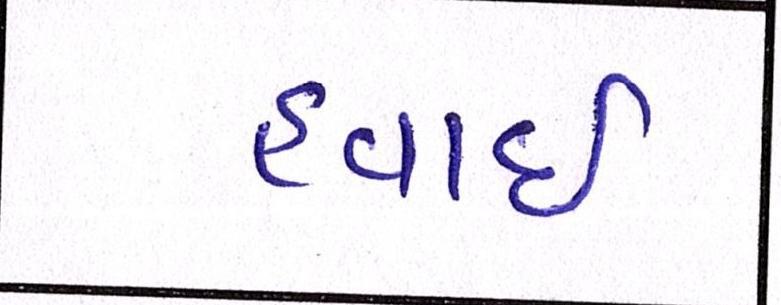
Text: હવાઇ